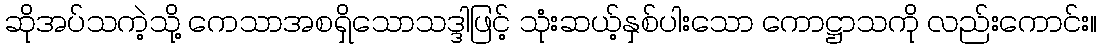
ဆိုအပ်သကဲ့သို့ ကေသာအစရှိသောသဒ္ဒါဖြင့် သုံးဆယ့်နှစ်ပါးသော ကောဋ္ဌာသကို လည်းကောင်း။